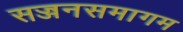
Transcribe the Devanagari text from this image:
सज्जनसमागम